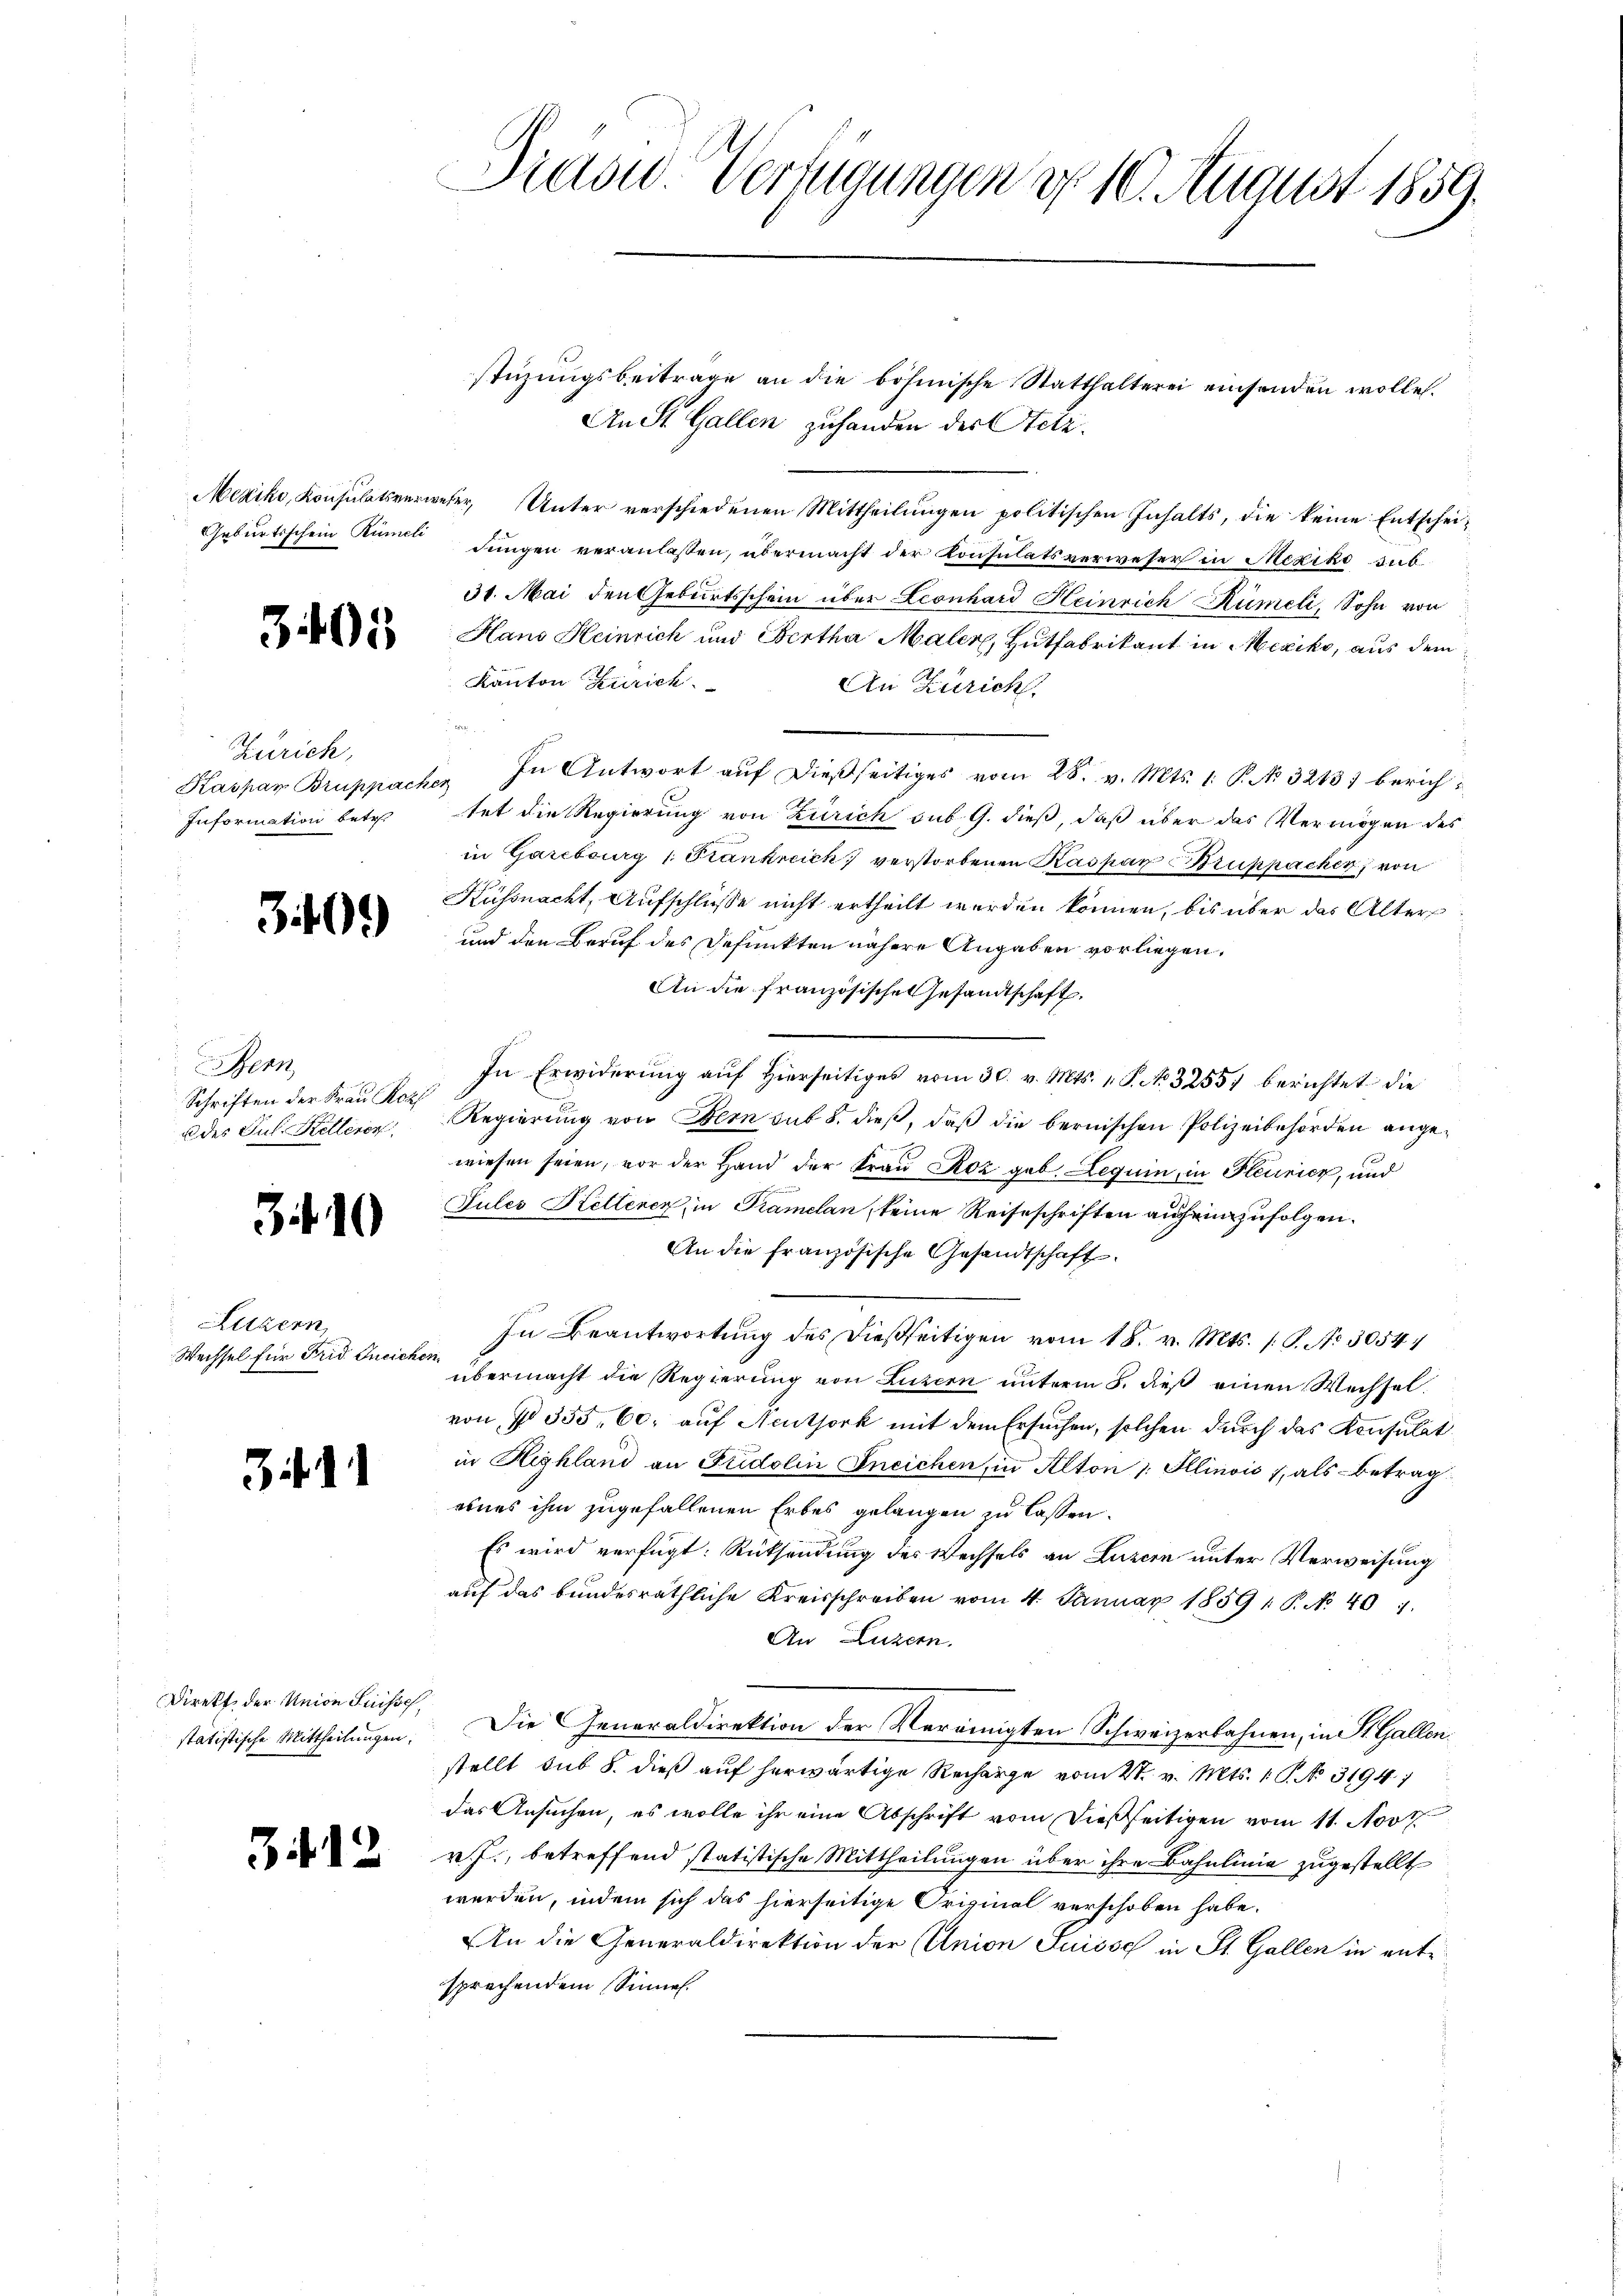
.

Zürich,
Kaspar Bruppacken
Information betr.

340.

Bern
Schriften der Frau Rozi
2 des Jul. Kellerer

310

Luzern
Wechsel für Frid Ineich

3if. 11

15

Direkt der Union Suisse,
statistische Mittheilungen.

3412

stüzungsbeitrage an die bösinische Statthalterei einsenden wolle.
An St. Gallen zuhanden der Stelz.
Mexiko, Konsulatsverweser Unter verschiedenen Mittheilŭngen politischen Inhalts, die keine Entschei-
Geburtsschein Kanal Jungen veranlassen, übermacht der Konsulatsverweser in Mexiko sub¬
31. Mai den Geburtsschein über Leonhard Heinrich Rümeli, Sohn von
Hans Heinrich und Bertha Maler, Hutfabrikant in Mexiko, aus dem
Kanton Zürich
An Zürich.

In Antwort auf dießseitiges vom 28. v. Mts. 1. P. N. 32131 berichtet die Regierung von Zürich sub 9. dieß, daß über das Vermögen des
in Garebourg 1. Stankreich verstorbenen Kaspar Bruhpacher, von
Küssnacht, Aufschlüsse nicht ertheilt werden können, bis über das Alter
und den Beruf des Defunkten nähere Angaben vorliegen.
An die französische Gesandtschaft.
In Erwiderŭng aŭf hierseitiges vom 30. v. Mts. 1. P. N. 3255) berichtet die
Regierung von Bern sub 8. dieß, daß die bernischen Polizeibehörden angewiesen seien, vor der Hand der Frau Koz geb. Leguin, in Feurier, und
Jules Keltenen, in Tramelan, keine Reiseschriften auf einzufolgen.
An die französische Gesandtschaft
In Beantwortung des dießseitigen vom 18. v. Mts. 1. P. No 3054/
2812.
übermacht die Regierung von Luzern unterm 8. dieß einen Wechselvon No 335. 60. auf Neuthork mit dem Ersuchen, solchen durch das Konsulat
in Highland an Fridolin Ineichen, in Alton 1. Illinois 7, als betrageines ihm zugefallenen Erbes gelangen zu lassen.
Es wird verfügt: Rücksendung des Wechsels an Luzern unter Verweisung
auf das bundesräthliche Kreisschreiben vom 4. Januar 1859 1 P. No 401.
An Luzern.
Die Generaldirektion der Vereinigten Schweizerbahnen, in St. Gallen
stellt sub 8. dieß auf herwärtige Recharge vom 21. v. Mts. 1. P. NNo. 3194)
das Ansuchen, es wolle ihr eine Abschrift vom dießseitigen vom 11. Nov
v. J., betreffend statistische Mittheilungen über ihre Bahnlinie zugestellt
werden, indem sich das hierseitige Crizinal verschoben habe.
An die Generaldirektion der Union Suisse in St. Gallen in ente
sprachendem Sinnen.

Diadw. Verfügungen d. 10. August 1859.